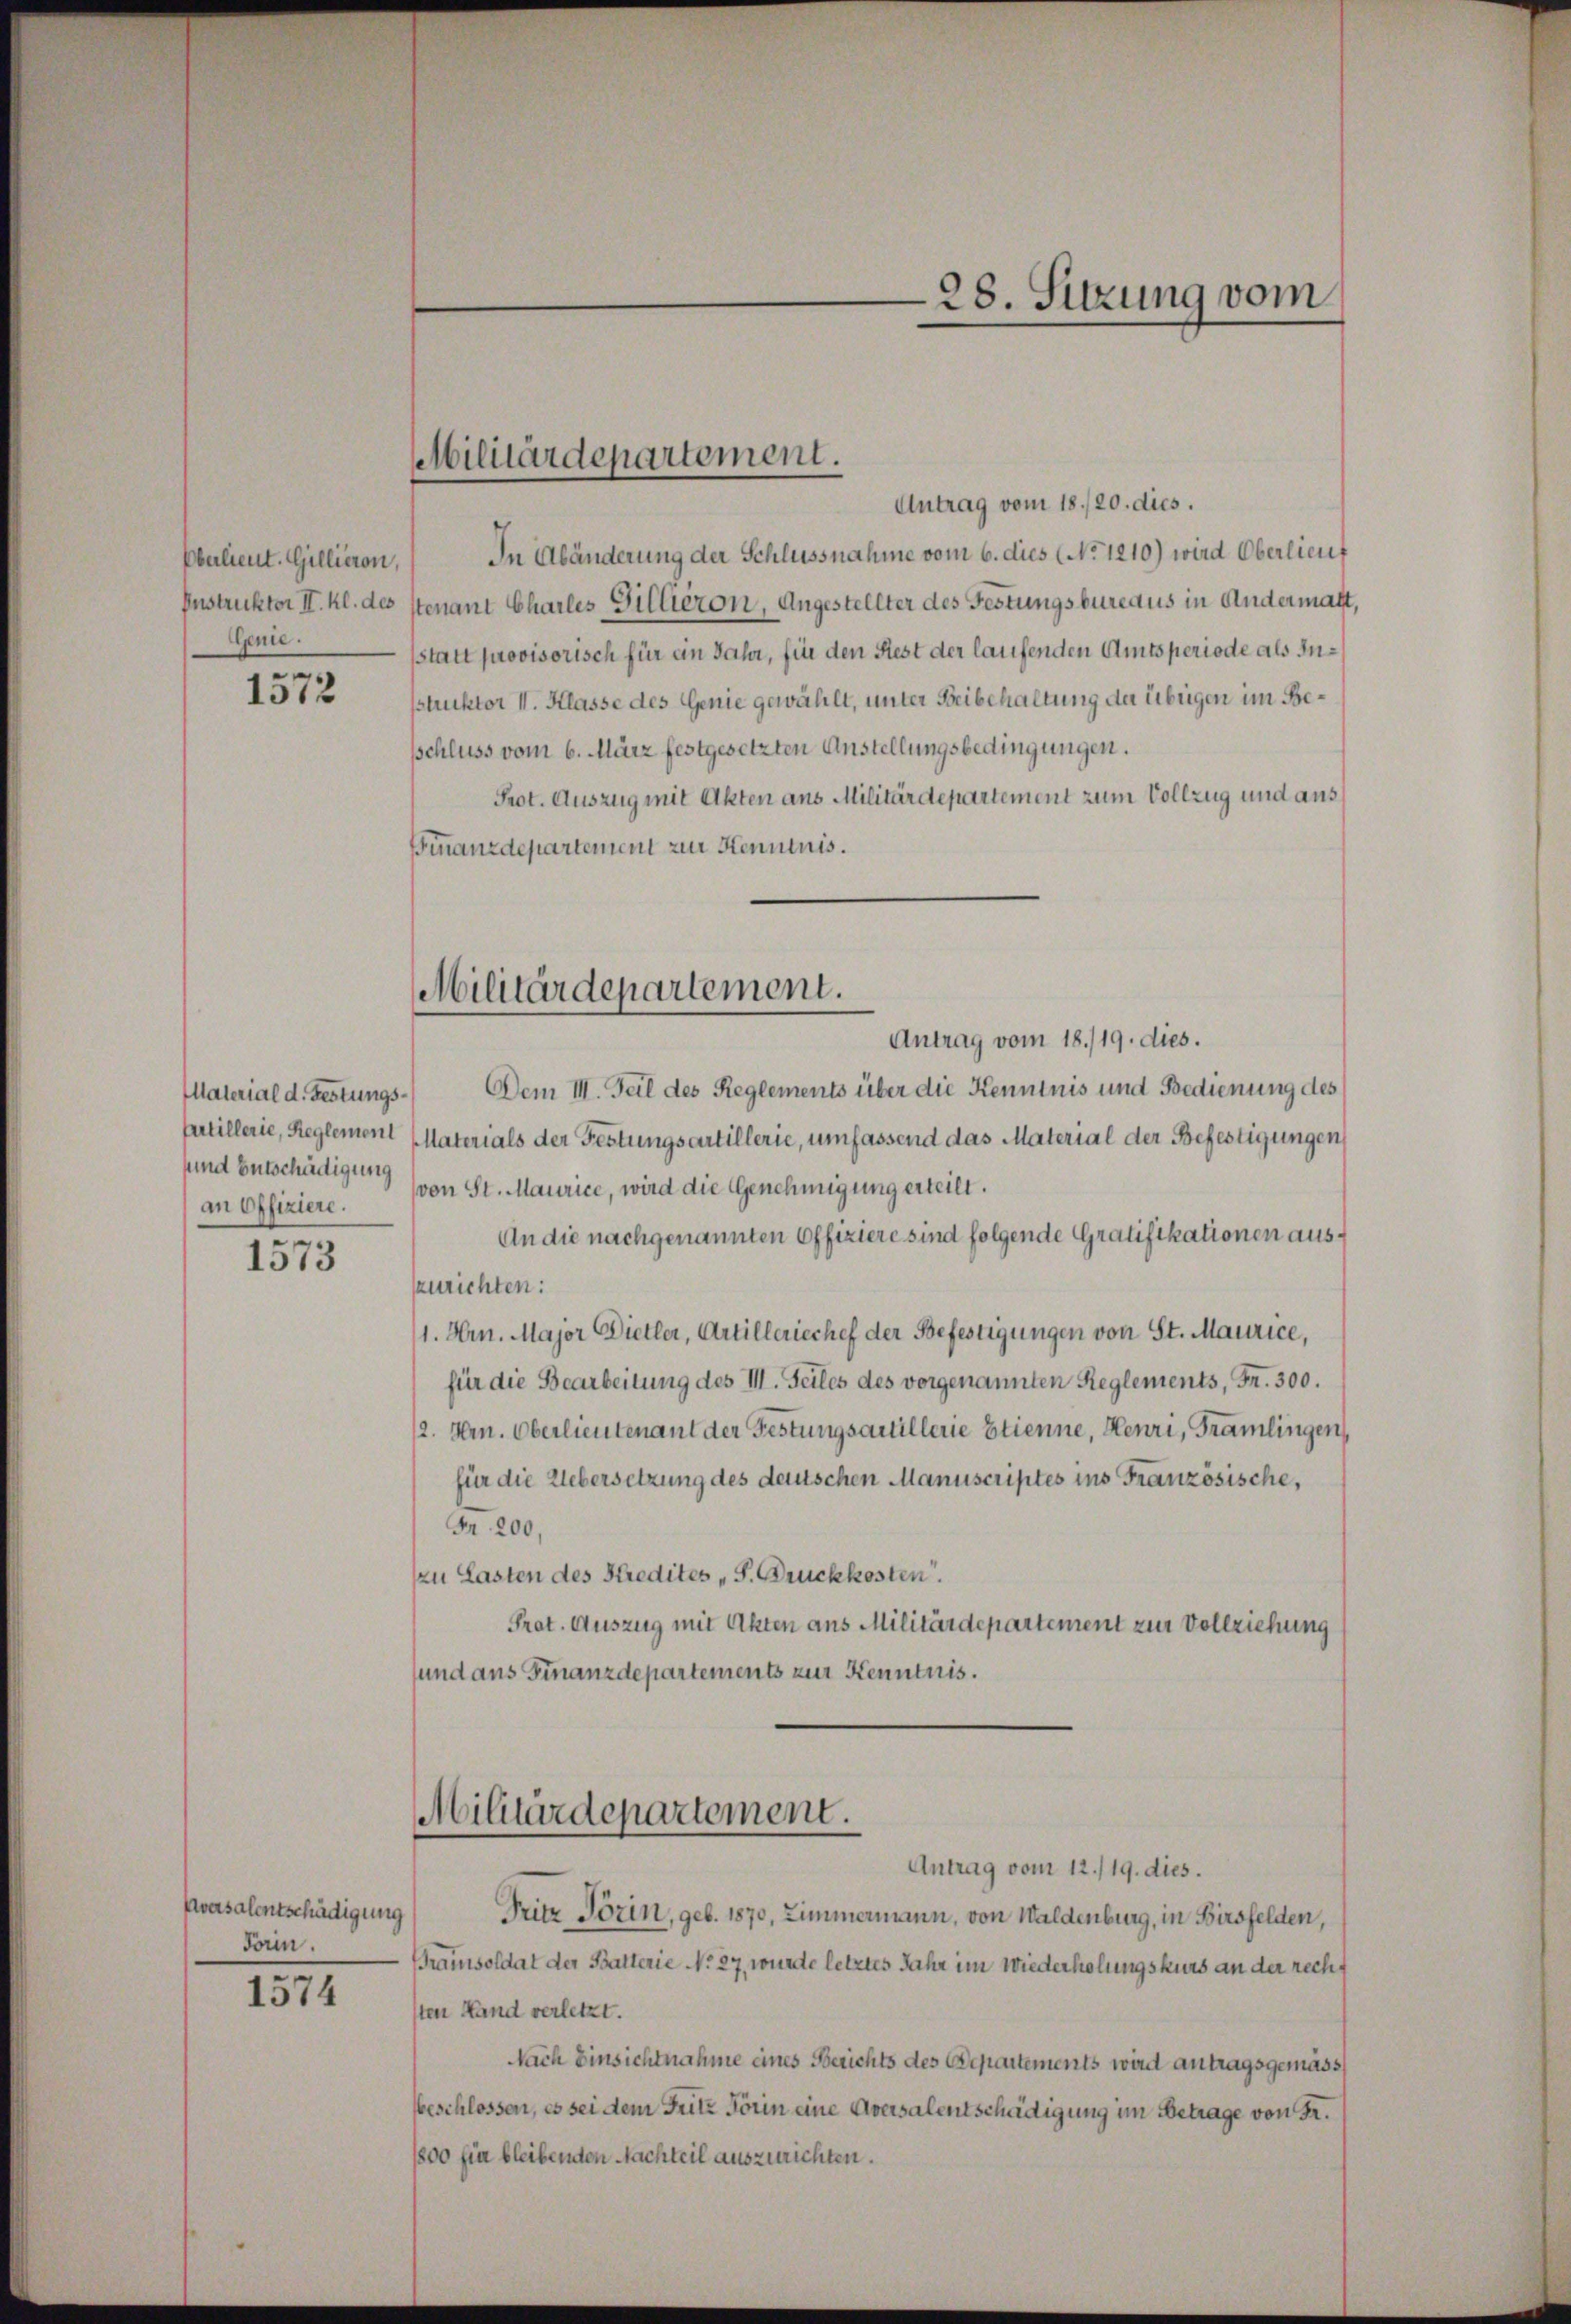
Oberlieut. Gillieren,
Instruktor II. Kl. des
Genie.

1572

Material d. Festungs¬
Certillerie, Reglement
und Entschädigung
an offiziere.

1573

Aversalentschädigung
Frin.

1574

Militärdepartement.

Antrag vom 18./20. dies.
In Abänderung der Schlussnahme vom 6. dies No 1210) wird Oberlieut
tenant Charles Gillieron, Angestellter des Festungsbureaus in Andermatt,
statt provisorisch für an Jahr, für den Rest der laufenden Amtsperiode als Inpstruktor II. Klasse des Genie gewählt, unter Beibehaltung der übrigen im Besschluss vom 6. März festgesetzten Anstellungsbedingungen.
Prot. Auszug mit Akten aus Militärdepartement zum Vollzug und aus
Finanzdepartement zur Kenntnis.
Antrag vom 18./19. dies.
Dem III. Teil des Reglements über die Kenntnis und Bedienung des
Materials der Festungsartillerie, umfassend das Material der Befestigungen
von St. Maurice, wird die Genehmigung erteilt.
An die nachgenannten Offiziere sind folgende Gratifikationen ausnrichten:
1. Hrn. Major Dietler, Artilleriechef der Befestigungen von St. Maurice,
für die Bearbeitung des III. Seiles des vorgenannten Reglements, Fr. 300.
2. Hrn. Oberlieutenant der Festungsartillerie Etienne, Henri, Gramlingen,
für die Uebersetzung des deutschen Manuscriptes ins Französische,
Fr. 200,
zu Lasten des Stredites „S. Druckkosten.
Prat. Auszug mit Akten aus Militärdepartement zur Vollziehung
sund aus Finanzdepartements zur Kenntnis.
Militärdepartement.
Antrag vom 12./19. dies.
Pritz Törin, geb. 1870, Zimmermann, von Waldenburg, in Birsfelden,
ramisoldat der Batterie No. 27, wurde letztes Jahr im Wiederholungskurs an der rechten Hand verletzt.
Nach Einsichtnahme eines Berichts des Departements wird antragsgemäss
sbeschlossen, es sei dem Fritz Förin eine Aversalentschädigung im Betrage von Fr.
1800 fin bleibenden Nachteil auszurichten.

Militärdepartement.

28. Sitzung vom